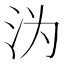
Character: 沩